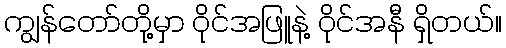
ကျွန်တော်တို့မှာ ဝိုင်အဖြူနဲ့ ဝိုင်အနီ ရှိတယ်။